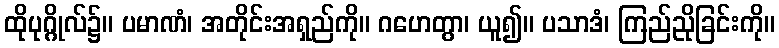
ထိုပုဂ္ဂိုလ်၌။ ပမာဏံ၊ အတိုင်းအရှည်ကို။ ဂဟေတွာ၊ ယူ၍။ ပသာဒံ၊ ကြည်ညိုခြင်းကို။